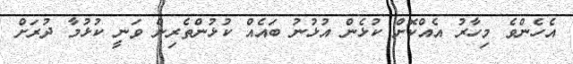
އެެހެންވެ މިހާރު އެއްކޮށް ކުޅެން އުޅުނު ބައެއް ކުޅުންތެރިން ވަނީ ކުޅުމާ ދުރަށް